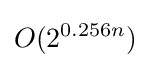
O(2^{0.256n})